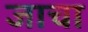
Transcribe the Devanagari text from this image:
जाचा